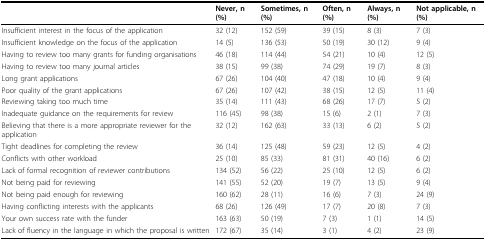
|  | Never, n (%) | Sometimes, n (%) | Often, n (%) | Always, n (%) | Not applicable, n (%) |
 | --- | --- | --- | --- | --- | --- |
 | Insufficient interest in the focus of the application | 32 (12) | 152 (59) | 39 (15) | 8 (3) | 7 (3) |
 | Insufficient knowledge on the focus of the application | 14 (5) | 136 (53) | 50 (19) | 30 (12) | 9 (4) |
 | Having to review too many grants for funding organisations | 46 (18) | 114 (44) | 54 (21) | 10 (4) | 12 (5) |
 | Having to review too many journal articles | 38 (15) | 99 (38) | 74 (29) | 19 (7) | 8 (3) |
 | Long grant applications | 67 (26) | 104 (40) | 47 (18) | 10 (4) | 9 (4) |
 | Poor quality of the grant applications | 67 (26) | 107 (42) | 38 (15) | 12 (5) | 11 (4) |
 | Reviewing taking too much time | 35 (14) | 111 (43) | 68 (26) | 17 (7) | 5 (2) |
 | Inadequate guidance on the requirements for review | 116 (45) | 98 (38) | 15 (6) | 2 (1) | 7 (3) |
 | Believing that there is a more appropriate reviewer for the application | 32 (12) | 162 (63) | 33 (13) | 6 (2) | 5 (2) |
 | Tight deadlines for completing the review | 36 (14) | 125 (48) | 59 (23) | 12 (5) | 4 (2) |
 | Conflicts with other workload | 25 (10) | 85 (33) | 81 (31) | 40 (16) | 6 (2) |
 | Lack of formal recognition of reviewer contributions | 134 (52) | 56 (22) | 25 (10) | 12 (5) | 6 (2) |
 | Not being paid for reviewing | 141 (55) | 52 (20) | 19 (7) | 13 (5) | 9 (4) |
 | Not being paid enough for reviewing | 160 (62) | 28 (11) | 16 (6) | 7 (3) | 24 (9) |
 | Having conflicting interests with the applicants | 68 (26) | 126 (49) | 17 (7) | 20 (8) | 7 (3) |
 | Your own success rate with the funder | 163 (63) | 50 (19) | 7 (3) | 1 (1) | 14 (5) |
 | Lack of fluency in the language in which the proposal is written | 172 (67) | 35 (14) | 3 (1) | 4 (2) | 23 (9) |